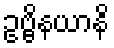
ဥဗ္ဗိနယာနိ